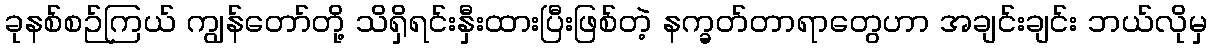
ခုနစ်စဉ်ကြယ် ကျွန်တော်တို့ သိရှိရင်းနှီးထားပြီးဖြစ်တဲ့ နက္ခတ်တာရာတွေဟာ အချင်းချင်း ဘယ်လိုမှ